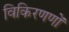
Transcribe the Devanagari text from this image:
विकिरणणों